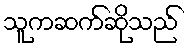
သူကဆက်ဆိုသည်